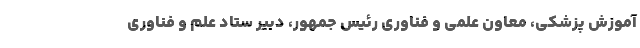
آموزش پزشکی، معاون علمی و فناوری رئیس جمهور، دبیر ستاد علم و فناوری